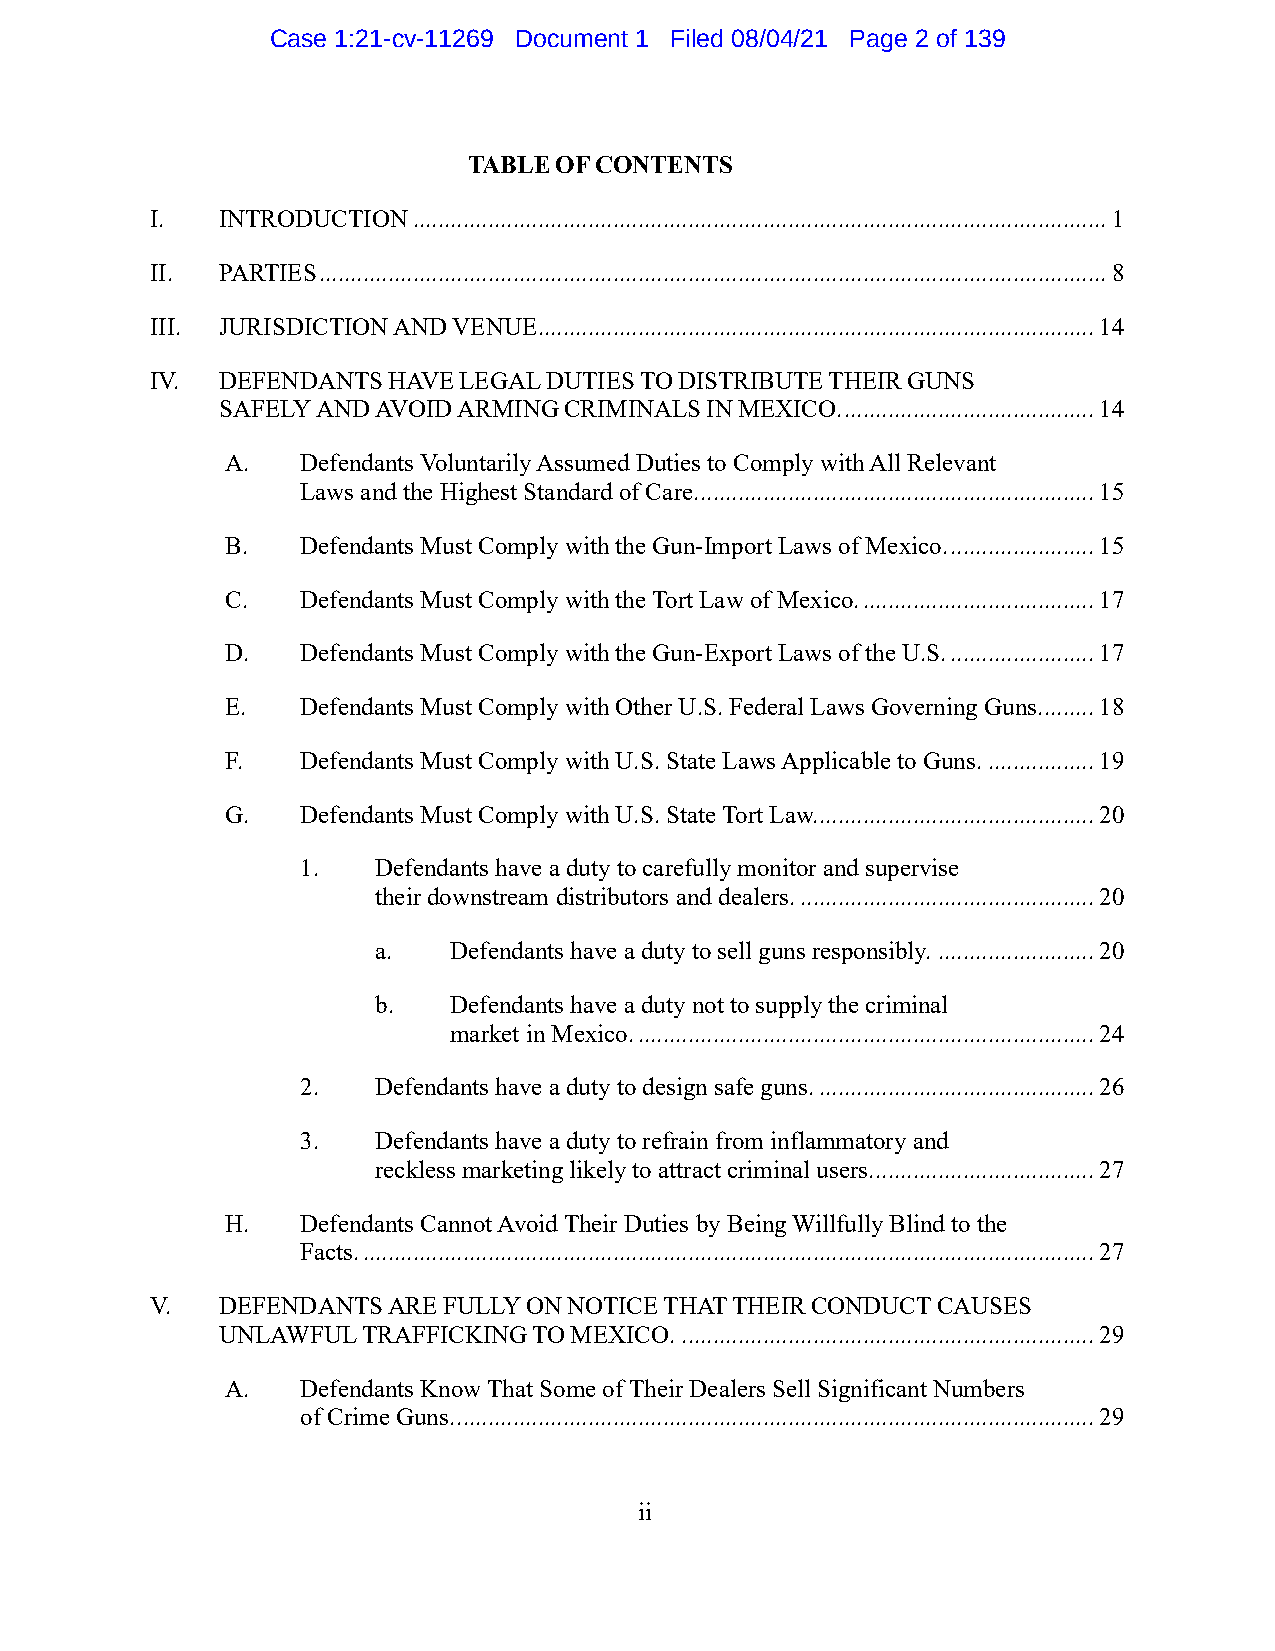
Case 1:21-cv-11269 Document 1 Filed 08/04/21 Page 2 of 139
 TABLE OF CONTENTS
 I.  INTRODUCTION ............................................................................................................... 1
 II. PARTIES .............................................................................................................................. 8
 III. JURISDICTION AND VENUE ......................................................................................... 14
 IV. DEFENDANTS  HAVE LEGAL DUTIES TO DISTRIBUTE THEIR GUNS
 SAFELY AND AVOID ARMING CRIMINALS IN MEXICO. ........................................ 14
 A.   Defendants Voluntarily Assumed Duties to Comply with All Relevant
 Laws and the Highest Standard of Care. ............................................................... 15
 B.   Defendants Must Comply with the Gun-Import Laws of Mexico. ....................... 15
 C.   Defendants Must Comply with the Tort Law of Mexico. ..................................... 17
 D.   Defendants Must Comply with the Gun-Export Laws of the U.S. ....................... 17
 E.   Defendants Must Comply with Other U.S. Federal Laws Governing Guns. ........ 18
 F.   Defendants Must Comply with U.S. State Laws Applicable to Guns. ................. 19
 G.   Defendants Must Comply with U.S. State Tort Law. ............................................ 20
 1.   Defendants have a duty to carefully monitor and supervise
 their downstream distributors and dealers. ............................................... 20
 a.   Defendants have a duty to sell guns responsibly. ......................... 20
 b.   Defendants have a duty not to supply the criminal
 market in Mexico. ......................................................................... 24
 2.   Defendants have a duty to design safe guns. ............................................ 26
 3.   Defendants have a duty to refrain from inflammatory and
 reckless marketing likely to attract criminal users. ................................... 27
 H.   Defendants Cannot Avoid Their Duties by Being Willfully Blind to the
 Facts. ..................................................................................................................... 27
 V.  DEFENDANTS  ARE FULLY ON NOTICE THAT THEIR CONDUCT CAUSES
 UNLAWFUL  TRAFFICKING TO MEXICO. .................................................................. 29
 A.   Defendants Know That Some of Their Dealers Sell Significant Numbers
 of Crime Guns. ...................................................................................................... 29
 ii